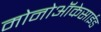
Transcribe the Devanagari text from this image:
मोनोऑकेसाईड